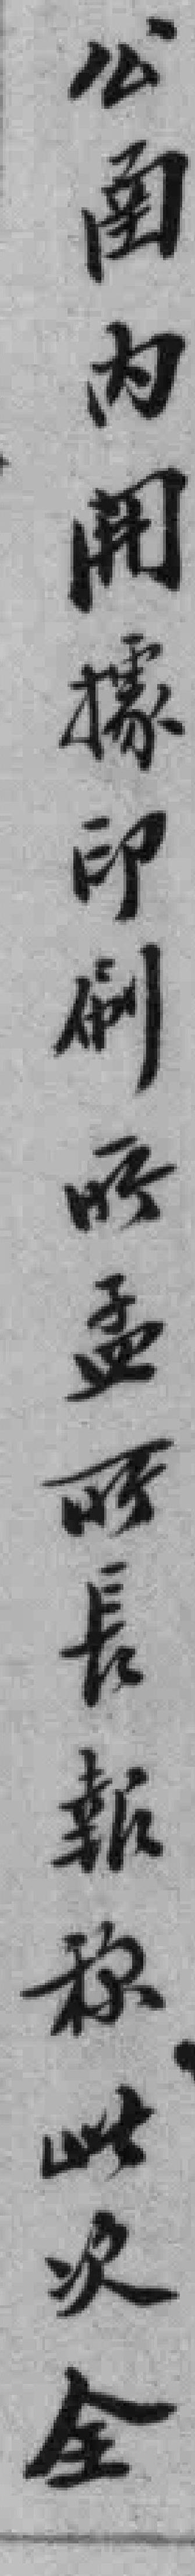
公圅内開據印刷所孟所長報成此次全